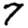
Digit: 7